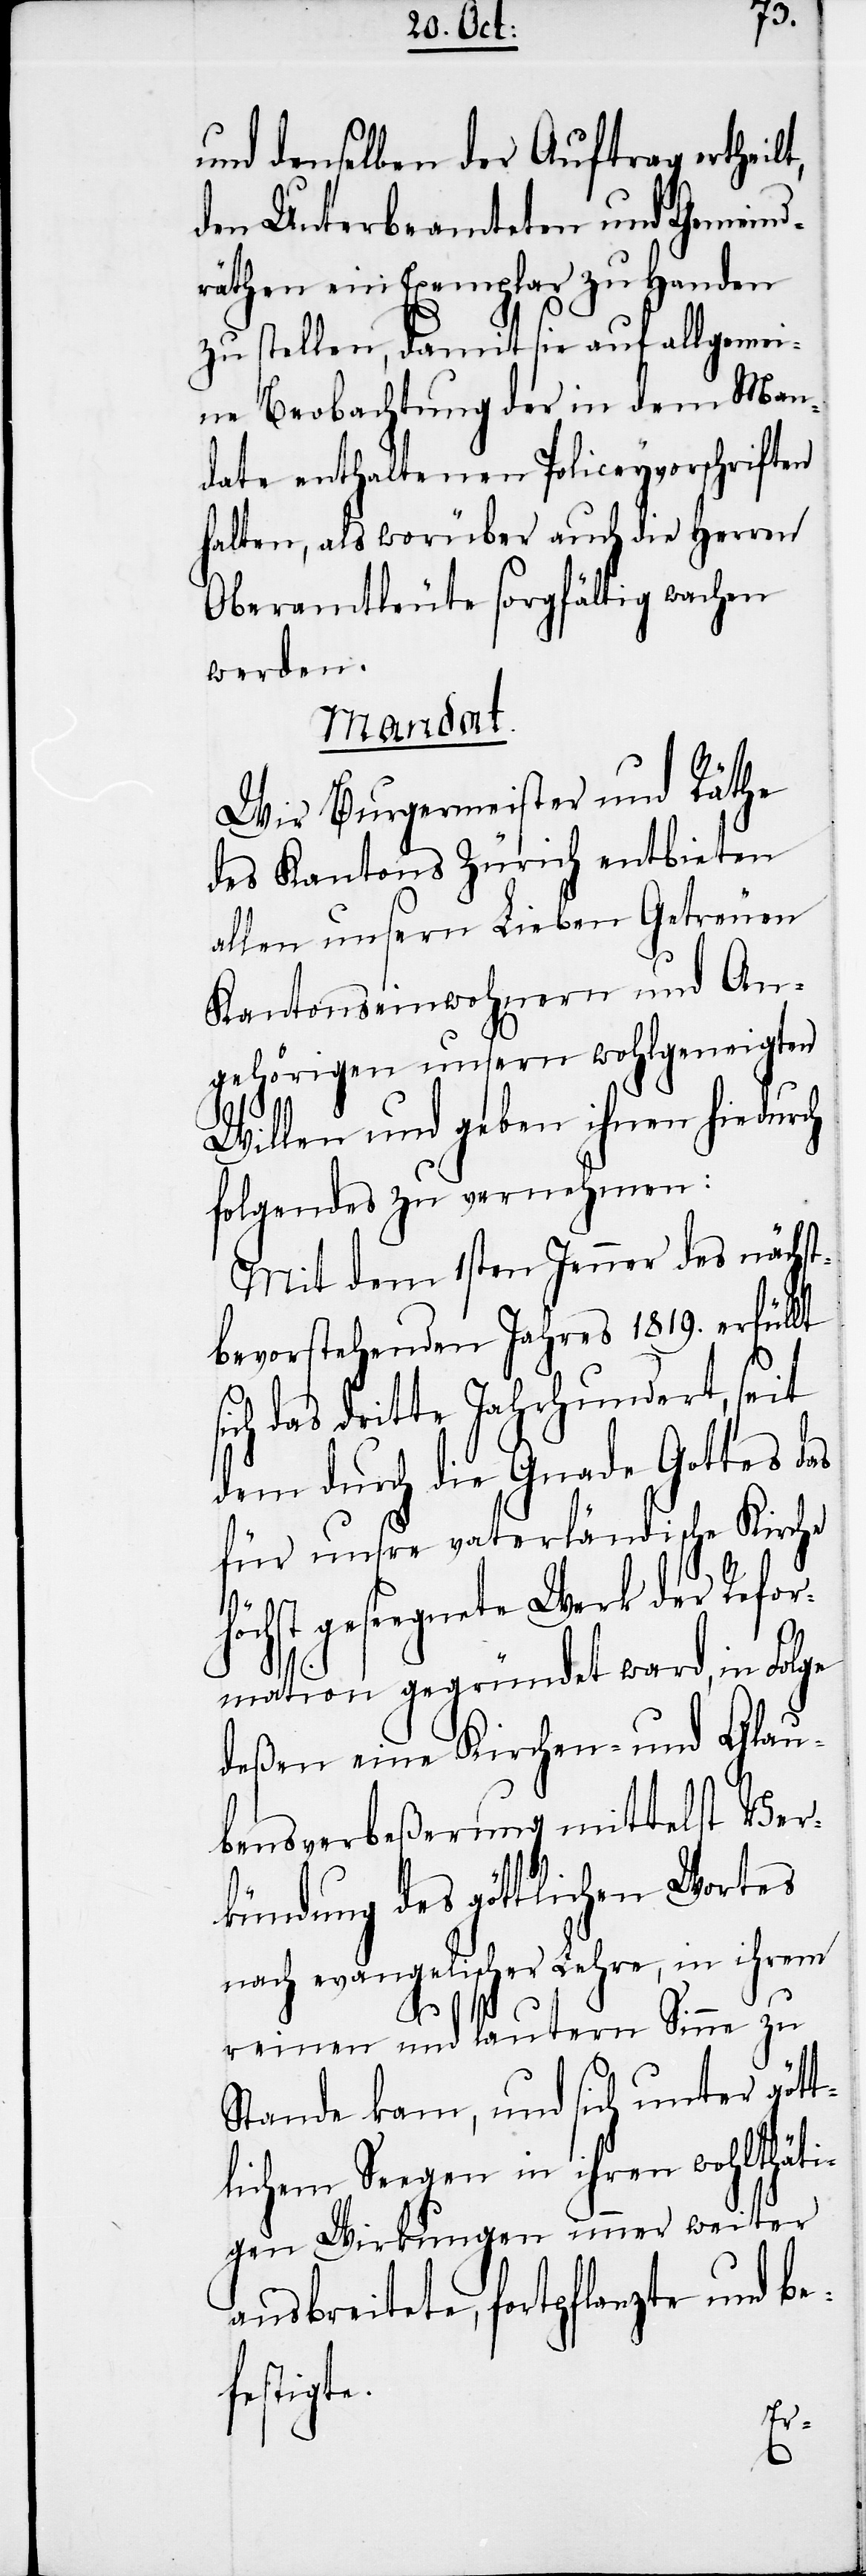
und denselben der Auftrag ertheilt,
den Unterbeamteten und Gemeind¬
räthen ein Exemplar zu Handen
zu stellen, damit sie auf allgemei¬
ne Beobachtung der in dem Man¬
date enthaltenen Policeyvorschriften
halten, als worüber auch die Herren
Oberamtleute sorgfältig wachen
werden.
Mandat.
Wir Burgermeister und Räthe
des Kantons Zürich entbieten
allen unsern Lieben Getreuen
Kantonseinwohnern und An¬
gehörigen unsern wohlgeneigten
s¬
Willen und geben ihnen hiedurch
folgendes zu vernehmen:
Mit dem 1sten Jenner des nächst¬
bevorstehenden Jahres 1819. erfüllt
ich das dritte Jahrhundert, seit
dem durch die Gnade Gottes das
für unsre vaterländische Kirche
geseegnete Werk der Refor¬
mation gegründet ward, in Folge
deßen eine Kirchen- und Glau¬
bensverbeßerung mittelst Ver¬
kündung des göttlichen Wortes
nach evangelischer Lehre, in ihrem
reinen und lautern Sinne zu
Stande kam, und sich unter gött¬
lichem Seegen in ihren wohlthäti¬
gen Wirkungen immer weiter
ausbreitete, fortpflanzte und be¬
festigte.